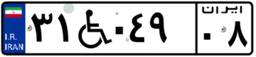
۳۱W۰۴۹۰۸